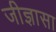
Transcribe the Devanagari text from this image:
जीज्ञासा